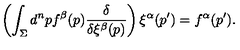
\left( \int _ { \Sigma } d ^ { n } p f ^ { \beta } ( p ) { \frac { \delta } { \delta \xi ^ { \beta } ( p ) } } \right) \xi ^ { \alpha } ( p ^ { \prime } ) = f ^ { \alpha } ( p ^ { \prime } ) .